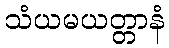
သံယမယတ္တာနံ